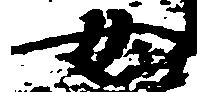
女